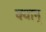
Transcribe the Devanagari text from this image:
क्वान्